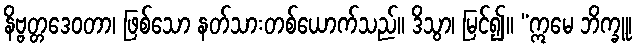
နိဗ္ဗတ္တဒေဝတာ၊ ဖြစ်သော နတ်သားတစ်ယောက်သည်။ ဒိသွာ၊ မြင်၍။ “ဣမေ ဘိက္ခူ၊